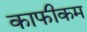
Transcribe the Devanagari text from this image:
काफीकम